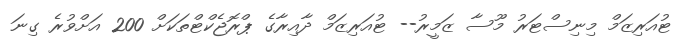
ޓުއަރިޒަމް މިނިސްޓަރު މޫސާ ޒަމީރު-- ޓުއަރިޒަމް ދާއިރާގެ ޕްރޮޖެކްޓްތަކަށް 200 އަށްވުރެ ގިނަ